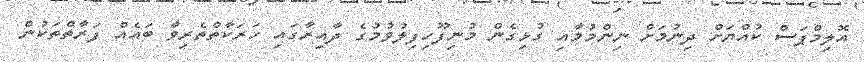
އޮލިމްޕަސް ކުއްޔަށް ދިނުމަށް ނިންމުމާއި ގުޅިގެން މުނިފޫހިފިލުވުމުގެ ދާއިރާގައި ހަރަކާތްތެރިވާ ބައެއް ފަރާތްތަކުން